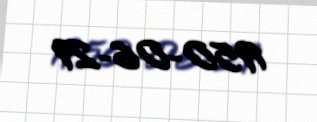
1950-06-29